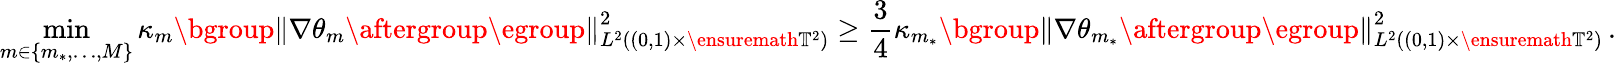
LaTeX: \operatorname*{min}_{m\in\{ m_{*},\ldots,M\} }\kappa_{m}\mathopen{}\mathclose\bgroup\left\| \nabla\theta_{m}\aftergroup\egroup\right\| _{L^{2}((0,1)\times\ensuremath{\mathbb{T}}^{2})}^{2}\geq\frac 34\kappa_{m_{*}}\mathopen{}\mathclose\bgroup\left\| \nabla\theta_{m_{*}}\aftergroup\egroup\right\| _{L^{2}((0,1)\times\ensuremath{\mathbb{T}}^{2})}^{2}\, .